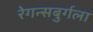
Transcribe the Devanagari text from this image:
रेगन्सबुर्गला